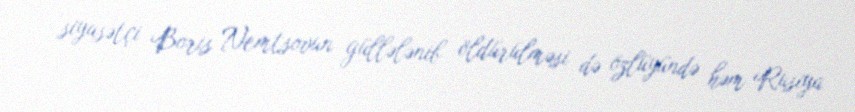
siyasətçi Boris Nemtsovun güllələnib öldürülməsi də özlüyündə həm Rusiya